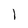
Character: l